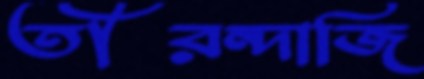
তীরন্দাজি